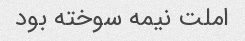
املت نیمه سوخته بود